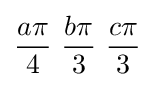
{a\pi  \over 4}\ {b\pi  \over 3}\ {c\pi  \over 3}